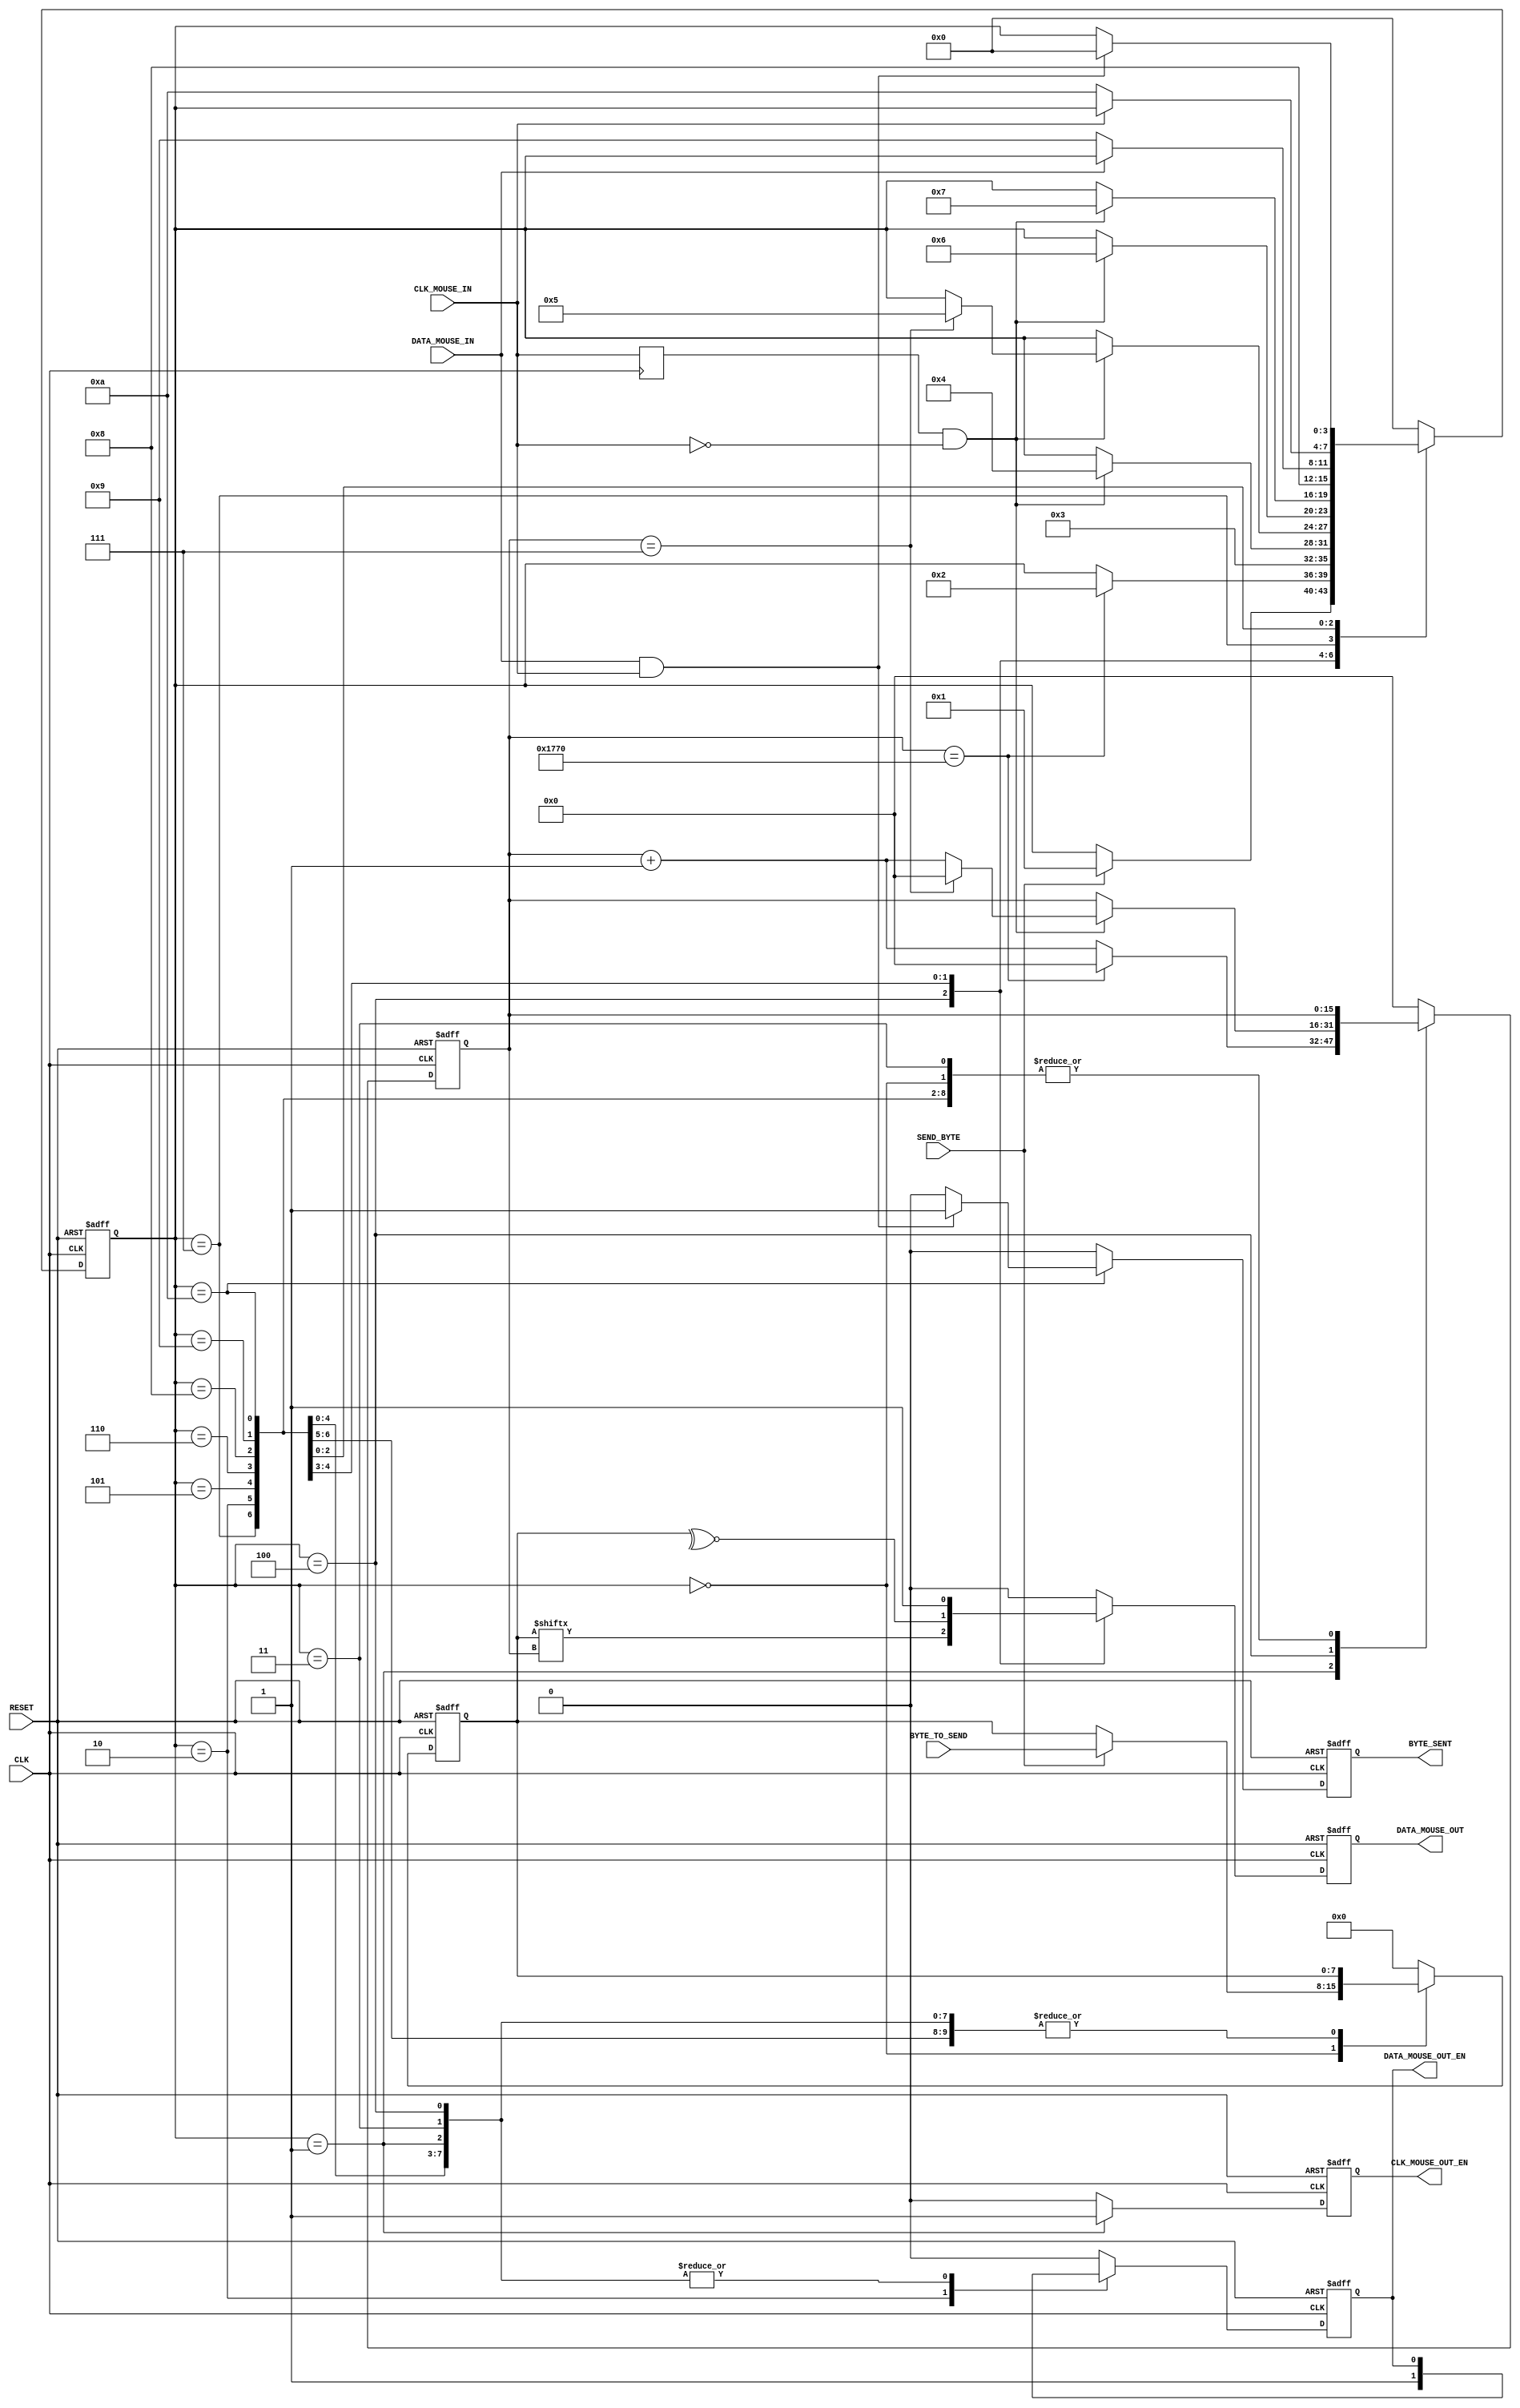
`timescale 1ns / 1ps
//////////////////////////////////////////////////////////////////////////////////
// Company: 
// Engineer: 
// 
// Design Name: 
// Module Name: MouseTransmitter 
// Project Name: 
// Target Devices: 
// Tool Versions: 
// Description: 
//
// Dependencies: 
//
// Revision: 
// Revision 0.01 - File Created
// Additional Comments:
//
//////////////////////////////////////////////////////////////////////////////////


module MouseTransmitter (
    // Standard Inputs
    input CLK,
    input RESET,
    // Mouse IO
    input CLK_MOUSE_IN,
    output CLK_MOUSE_OUT_EN, // allows for the control of the clock line
    input DATA_MOUSE_IN,
    output DATA_MOUSE_OUT,
    output DATA_MOUSE_OUT_EN,
    // Control
    input SEND_BYTE,
    input [7:0] BYTE_TO_SEND,
    output BYTE_SENT
);


    reg CLK_MOUSE_SYNC;
    always @(posedge CLK) begin
        CLK_MOUSE_SYNC <= CLK_MOUSE_IN;
    end
        

    reg [3:0] curr_state, next_state;
    reg curr_MSClkOutWE, next_MSClkOutWE;
    reg curr_MSDataOut, next_MSDataOut;
    reg curr_MSDataOutWE, next_MSDataOutWE;
    reg [15:0] curr_sendCtr, next_sendCtr;
    reg curr_byteSent, next_byteSent;
    reg [7:0] curr_byteToSend, next_byteToSend;


    // Sequential
    always @(posedge CLK or posedge RESET) begin
        if (RESET) begin
            curr_state <= 0;
            curr_MSClkOutWE <= 1'b0;
            curr_MSDataOut <= 1'b0;
            curr_MSDataOutWE <= 1'b0;
            curr_sendCtr <= 0;
            curr_byteSent <= 1'b0;
            curr_byteToSend <= 0;
        end
        else begin
            curr_state <= next_state;
            curr_MSClkOutWE <= next_MSClkOutWE;
            curr_MSDataOut <= next_MSDataOut;
            curr_MSDataOutWE <= next_MSDataOutWE;
            curr_sendCtr <= next_sendCtr;
            curr_byteSent <= next_byteSent;
            curr_byteToSend <= next_byteToSend;
        end
    end


    // Combinational
    always @(*) begin
        next_state = curr_state;
        next_MSClkOutWE = 1'b0;
        next_MSDataOut = 1'b0;
        next_MSDataOutWE = curr_MSDataOutWE;
        next_sendCtr = curr_sendCtr;
        next_byteSent = 1'b0;
        next_byteToSend = curr_byteToSend;
        
        case (curr_state)
            0 : begin
                if (SEND_BYTE) begin
                    next_state = 1;
                    next_byteToSend = BYTE_TO_SEND;
                end
                next_MSDataOutWE = 1'b0;
            end
            1 : begin // bring CLK low for at least 100us
                if (curr_sendCtr == 6000) begin
                    next_state = 2;
                    next_sendCtr = 0;
                end
                else begin
                    next_sendCtr = curr_sendCtr + 1;
                end
                next_MSClkOutWE = 1'b1;
            end
            2 : begin // bring data line low and release CLK
                next_state = 3;
                next_MSDataOutWE = 1'b1;
            end
            3 : begin // start sending
                if (CLK_MOUSE_SYNC & ~CLK_MOUSE_IN) begin
                    next_state = 4;
                end
            end
            4 : begin // send byte
                if (CLK_MOUSE_SYNC & ~CLK_MOUSE_IN) begin
                    if (curr_sendCtr == 7) begin
                        next_state = 5;
                        next_sendCtr = 0;
                    end 
                    else begin
                        next_sendCtr = curr_sendCtr + 1;
                    end
                end
                next_MSDataOut = curr_byteToSend[curr_sendCtr];
            end
            5 : begin // send parity bit
                if (CLK_MOUSE_SYNC & ~CLK_MOUSE_IN) begin
                    next_state = 6;
                end
                next_MSDataOut = ~^curr_byteToSend[7:0];
            end
            6 : begin // end bit
                if (CLK_MOUSE_SYNC & ~CLK_MOUSE_IN) begin
                    next_state = 7;
                end
                next_MSDataOut = 1'b1;
            end
            7 : begin // release data line
                next_state = 8;
                next_MSDataOutWE = 1'b0;
            end
            8 : begin // wait device to set data line low
                if (~DATA_MOUSE_IN) begin
                    next_state = 9;
                end
            end
            9 : begin // wait device to set clock line low
                if (~CLK_MOUSE_IN) begin
                    next_state = 10;
                end
            end
            10 : begin // wait device to release data line and clock line
                if (DATA_MOUSE_IN & CLK_MOUSE_IN) begin
                    next_state = 0;
                    next_byteSent = 1'b1;
                end
            end
            default : begin
                next_state = 4'b0000;
                next_MSClkOutWE = 1'b0;
                next_MSDataOut = 1'b0;
                next_MSDataOutWE = 1'b0;
                next_sendCtr = 0;
                next_byteSent = 1'b0;
                next_byteToSend = 8'h00;
            end
        endcase
    end

    assign CLK_MOUSE_OUT_EN = curr_MSClkOutWE;
    assign DATA_MOUSE_OUT = curr_MSDataOut;
    assign DATA_MOUSE_OUT_EN = curr_MSDataOutWE;

    assign BYTE_SENT = curr_byteSent;

endmodule